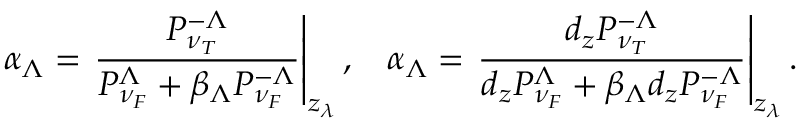
\alpha _ { \Lambda } = \left. \frac { P _ { \nu _ { T } } ^ { - \Lambda } } { P _ { \nu _ { F } } ^ { \Lambda } + \beta _ { \Lambda } P _ { \nu _ { F } } ^ { - \Lambda } } \right\vert _ { z _ { \lambda } } , \: \: \: \: \alpha _ { \Lambda } = \left. \frac { d _ { z } P _ { \nu _ { T } } ^ { - \Lambda } } { d _ { z } P _ { \nu _ { F } } ^ { \Lambda } + \beta _ { \Lambda } d _ { z } P _ { \nu _ { F } } ^ { - \Lambda } } \right\vert _ { z _ { \lambda } } .